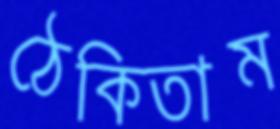
ঠেকিতাম